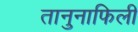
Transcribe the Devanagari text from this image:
तानुनाफिली